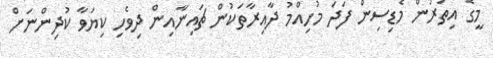
މީގެ އިތުރުން މެޑިސިން ފަދަ މުހިއްމު ދާއިރާތަކުން ޗައިނާއިން ދިވެހި ކިޔަވާ ކުދިންނަށް